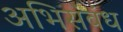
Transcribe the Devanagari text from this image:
अभिसंबंध